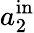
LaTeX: a_{2}^{\mathrm{in}}